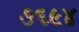
૭૬૯૪